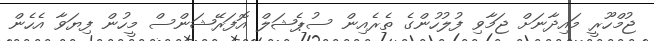
ޖުމްހޫރީ މައިދާނަށް ޖަމާވި ފުލުހުންގެ ތެރެއިން ސުޕެޝަލް އޮފަރޭޝަންސް މީހުން ފިޔަވާ އެހެން